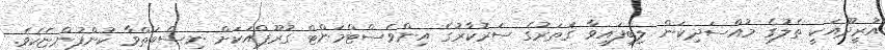
އުރީދޫއަކީ ތެލުގެ މުއްސަދިކަން ލިބިފައިވާ ޤަތަރުގެ ސަރުކާރުގެ އިންވެސްޓްމަންޓް ގުރޫޕްއަކަށް ނިސްބަތްވާ ކުންފުންޏެކެވެ.